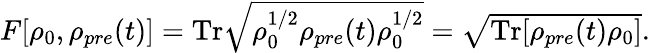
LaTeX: \begin{array}{r}{F[\rho_{0},\rho_{pre}(t)]=\mathrm{Tr}\sqrt{\rho_{0}^{1/2}\rho_{pre}(t)\rho_{0}^{1/2}}=\sqrt{\mathrm{Tr}[\rho_{pre}(t)\rho_{0}]}.}\end{array}